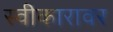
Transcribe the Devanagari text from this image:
स्वीकारावर